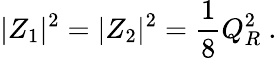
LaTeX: |Z_{1}|^{2}=|Z_{2}|^{2}={\frac{1}{8}}Q_{R}^{2}\ .